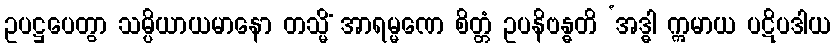
ဥပဋ္ဌပေတွာ သမ္ပိယာယမာနော တသ္မိံ အာရမ္မဏေ စိတ္တံ ဥပနိဗန္ဓတိ ‘အဒ္ဓါ ဣမာယ ပဋိပဒါယ